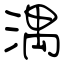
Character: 湡